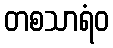
တစသာရံဝ